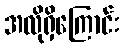
အလိုရှိကြောင်း